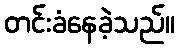
တင်းခံနေခဲ့သည်။